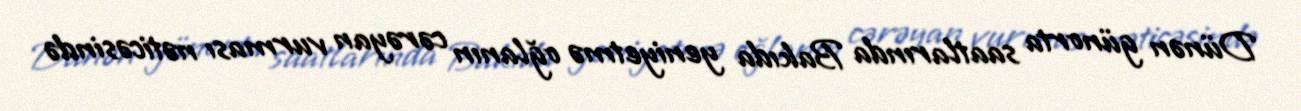
Dünən günorta saatlarında Bakıda yeniyetmə oğlanın cərəyan vurması nəticəsində